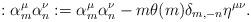
LaTeX: \begin{align*}:\alpha^\mu_m \alpha^\nu_n: =\alpha^\mu_m \alpha^\nu_n - m \theta(m) \delta_{m,-n}\eta^{\mu\nu}{.}\end{align*}